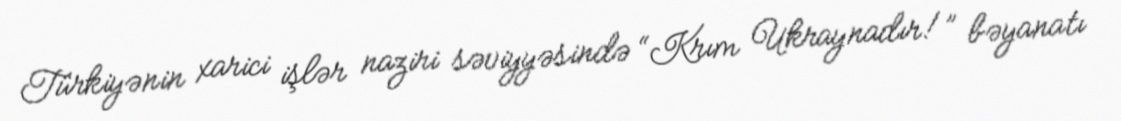
Türkiyənin xarici işlər naziri səviyyəsində “Krım Ukraynadır!” bəyanatı